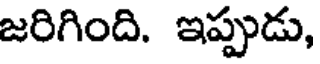
జరిగింది. ఇప్పుడు,